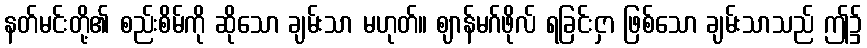
နတ်မင်းတို့၏ စည်းစိမ်ကို ဆိုသော ချမ်းသာ မဟုတ်။ ဈာန်မဂ်ဖိုလ် ရခြင်းငှာ ဖြစ်သော ချမ်းသာသည် ဤ၌